Report of the King Institute of Preventive Medicine, Guindy
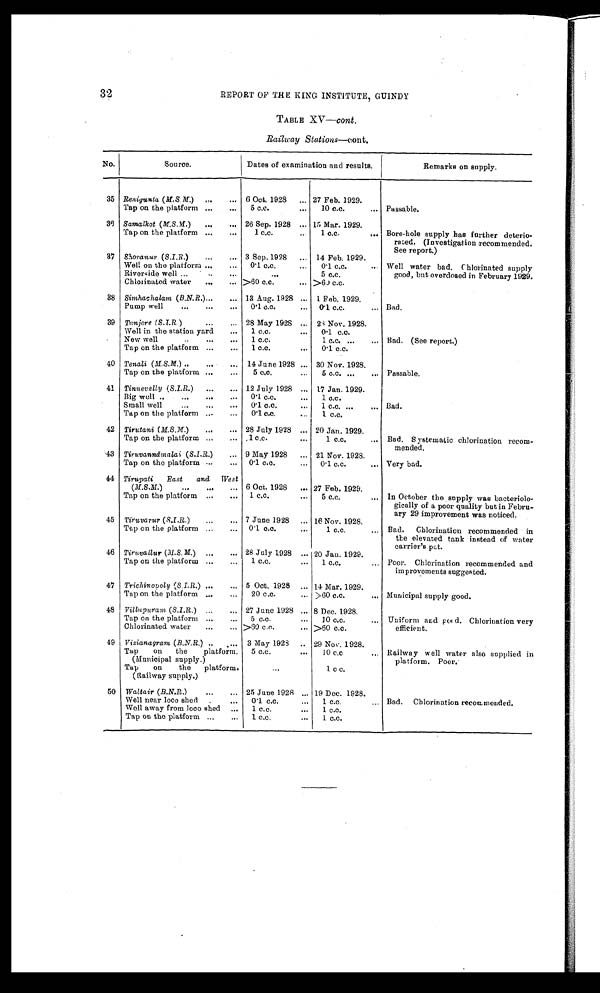
32
REPORT OF THE KING INSTITUTE, GUINDY
TABLE XV—cont .
Railway Stations—cont.
No.
Source.
Dates of examination and results.
Remarks on supply.
35 Renigunta ( M.S M. ) ...
... 6 Oct. 1928
... 27 Feb. 1929.
Tap on the platform ...
...
5 c.c.
...
10 c.c.
... Passable.
36 Samalkot (M.S.M. ) ...
... 26 Sep. 1928 ... 15 Mar. 1929.
Tap on the platform ...
...
1 c.c.
...
1 c.c.
. . .
Bore-hole supply has further deterio-
rated. (Investigation recommended.
See report.)
37 Shoranur ( S.I.R.)
...
... 3 Sep. 1928
... 14 Feb. 1929.
Well on the platform ...
...
0.1 c.c.
...
0.1 c.c.
Well water bad. Chlorinated supply
good, but overdosed in February 1929.
Riverside well ...
..
...
. . .
5 c.c.
Chlorinated water
...
... >60 c.c.
... >60 c.c.
38 Simhac halam (B.N.R.) ...
... 13 Aug. 1928 ... 1 Feb. 1929.
Pump well
...
...
...
0.1 c.c.
... 0.1 c.c.
... Bad.
39 Tanjore ( S.T.R )
...
... 28 May 1928 ... 21 Nov. 1928.
Well in the station yard
...
1 c.c.
...
0.1 c.c.
New well
..
...
...
1 c.c.
1 c.c. ...
... Bad. (See report.)
Tap on the platform ...
...
1 c.c.
...
0.1 c.c.
40 Tenali (M.S.M. ) ..
....
... 14 June 1928 ... 30 Nov. 1928.
Tap on the platform ...
...
5 c.c.
...
5 c.c. ...
... Passable.
41 Tinnevelly ( S.I.R. ) ...
... 12 July 1928 ... 17 Jan. 1929.
Big well ..
...
...
...
0.1 c.c.
...
1 c.c.
Small well
...
...
...
0.1 c.c.
...
1 c.c. ...
... Bad.
Tap on the platform ...
...
0.1 c.c.
1 c.c.
42 Tirutani ( M.S.M.)
...
... 28 July 1928 ... 20 Jan. 1929.
Tap on the platform ...
...
1 c.c.
...
1 c.c.
... Bad. Systematic chlorination recom-
mended.
43 Tiruvannāmalai (S.I.R.) ... 9 May 1928
... 21 Nov. 1928.
Tap on the platform ...
...
0.1 c.c.
...
0.1 c.c.
... Very bad.
44 Tirupati
East
and
West
(M.S.M.)
...
...
... 6 Oct. 1928
... 27 Feb. 1929.
Tap on the platform ...
...
1 c.c.
...
5 c.c.
... In October the supply was bacteriolo-
gically of a poor quality but in Febru-
ary 29 improvement was noticed.
45 Tiruvarur (S.I.R.)
...
... 7 June 1928
... 16 Nov. 1928.
Tap on the platform ...
...
0.1 c.c.
...
1 c.c.
... Bad.
Chlorination recommended in
the elevated tank instead of water
carrier's pot.
46 Tiruvallur (M.S.M.) ...
... 28 July 1928 ... 20 Jan. 1929.
Tap on the platform ...
...
1 c.c.
...
1 c.c.
... Poor. Chlorination recommended and
improvements suggested.
47 Trichinopoly ( S.I.R. ) ...
... 5 Oct. 1928 ... 14 Mar. 1929.
Tap on the platform ...
...
20 c.c.
... >60 c.c.
... Municipal supply good.
48 Villupuram, ( S.I.R. ) ...
... 27 June 1928 ... 8 Dec. 1928.
Tap on the platform ...
...
5 c . c .
...
10 c.c.
... Uniform and good. Chlorination very
efficient.
Chlorinated water
...
... >60 c.c.
... >60 c.c.
49 Vizianagram (B.N.R. ) ... ... 3 May 1928
.. 29 Nov. 1928.
Tap
on
the
platform.
5 c.c.
...
10 c.c
... Railway well water also supplied in
platform. Poor.
(Municipal supply.)
Tap
on
the
platform.
. . .
1 c c.
(Railway supply.)
50 Waltair (B.N.R.)
...
... 25 June 1928 ... 19 Dec. 1928.
Well near loco shed
. .
. . .
0.1 c.c.
...
1 c.c.
... Bad. Chlorination recommended.
Well away from loco shed ...
1 c.c.
...
1 c.c.
Tap on the platform ...
...
1 c.c.
...
1 c.c.